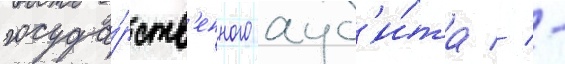
госуда́рств'енного ауд'и́та // -